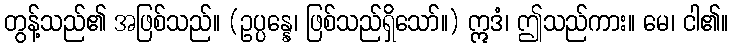
တွန့်သည်၏ အဖြစ်သည်။ (ဥပ္ပန္နေ၊ ဖြစ်သည်ရှိသော်။) ဣဒံ၊ ဤသည်ကား။ မေ၊ ငါ၏။